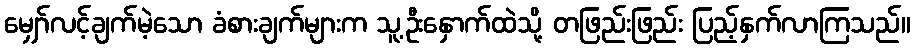
မျှော်လင့်ချက်မဲ့သော ခံစားချက်များက သူ့ဦးနှောက်ထဲသို့ တဖြည်းဖြည်း ပြည့်နှက်လာကြသည်။